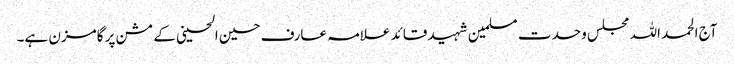
آج الحمد اللہ مجلس وحدت مسلمین شہید قائد علامہ عارف حسین الحسینی کے مشن پر گامزن ہے۔